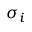
\sigma _ { i }